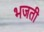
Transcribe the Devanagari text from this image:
भजती